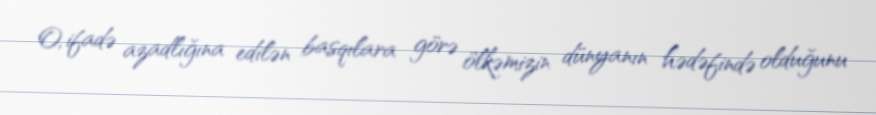
O, ifadə azadlığına edilən basqılara görə ölkəmizin dünyanın hədəfində olduğunu